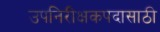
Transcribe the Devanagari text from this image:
उपनिरीक्षकपदासाठी